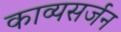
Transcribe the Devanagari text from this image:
काव्यसर्जन